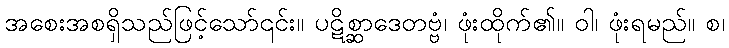
အစေးအစရှိသည်ဖြင့်သော်၎င်း။ ပဋိစ္ဆာဒေတဗ္ဗံ၊ ဖုံးထိုက်၏။ ဝါ၊ ဖုံးရမည်။ စ၊